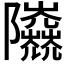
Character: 𨽰